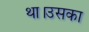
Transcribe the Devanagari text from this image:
था।उसका